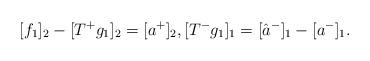
LaTeX: \begin{align*} [f_1]_2-[T^+g_1]_2=[a^+]_2, [T^-g_1]_1=[\hat a^-]_1-[a^-]_1. \end{align*}